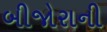
બીજોરાની